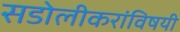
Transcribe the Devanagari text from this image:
सडोलीकरांविषयी